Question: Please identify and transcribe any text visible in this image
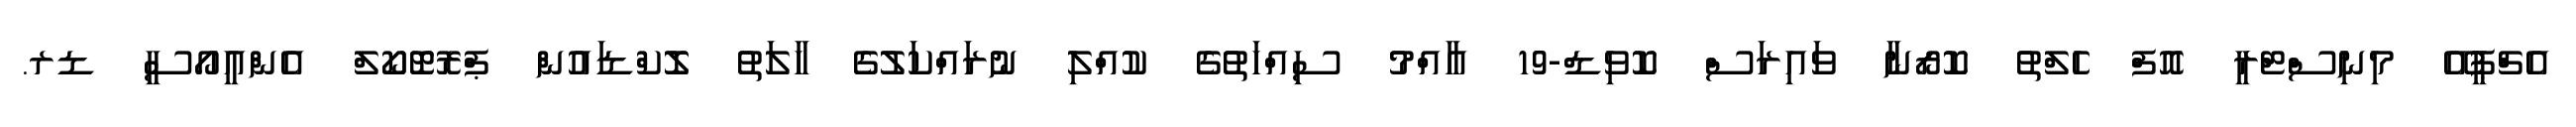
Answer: އެޗްޕީއޭ މިނިސްޓްރީ އޮފް ހެލްތު ކޮރޯނާ ވައިރަސް ކޮވިޑް-19 އާއްމު ސިއްހަތުގެ ކުއްލި ނުރައްކަލުގެ ހާލަތު ލޮކްޑައުން ޕްރޮޓޮކޯލް އެންއީއޯސީ ޑރ.